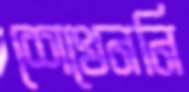
শেখেননি